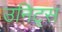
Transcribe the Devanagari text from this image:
उनिट्स